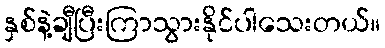
နှစ်နဲ့ချီပြီးကြာသွားနိုင်ပါသေးတယ်။